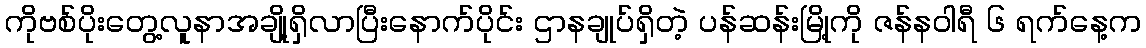
ကိုဗစ်ပိုးတွေ့လူနာအချို့ရှိလာပြီးနောက်ပိုင်း ဌာနချုပ်ရှိတဲ့ ပန်ဆန်းမြို့ကို ဇန်နဝါရီ ၆ ရက်နေ့က